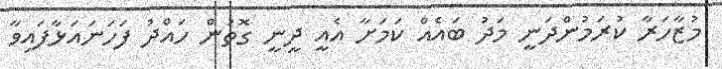
މުޒާހަރާ ކުރަމުންދަނީ މަދު ބައެއް ކަމަށާ އެއީ ދީނީ ގޮތުން ހައްދު ފަހަނައަޅާފައިވާ